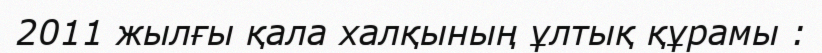
2011 жылғы қала халқының ұлтық құрамы :